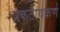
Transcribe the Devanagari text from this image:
प्रकटोयकर्ण